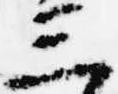
三